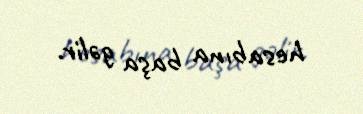
hesabına başa gəlir.